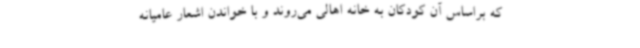
که براساس آن کودکان به خانه اهالی می‌روند و با خواندن اشعار عامیانه